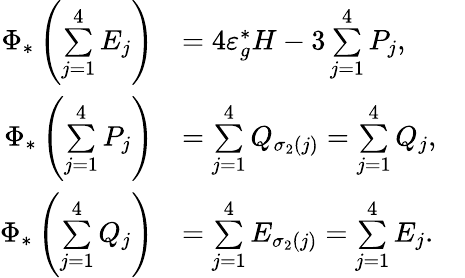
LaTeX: \begin{array}{rlr}{\Phi_{*}\left(\underset{j=1}{\overset{4}{\sum}}E_{j}\right)}&{=4\varepsilon_{g}^{*}H-3\underset{j=1}{\overset{4}{\sum}}P_{j},}&\\ {\Phi_{*}\left(\underset{j=1}{\overset{4}{\sum}}P_{j}\right)}&{=\underset{j=1}{\overset{4}{\sum}}Q_{\sigma_{2}(j)}=\underset{j=1}{\overset{4}{\sum}}Q_{j},}&\\ {\Phi_{*}\left(\underset{j=1}{\overset{4}{\sum}}Q_{j}\right)}&{=\underset{j=1}{\overset{4}{\sum}}E_{\sigma_{2}(j)}=\underset{j=1}{\overset{4}{\sum}}E_{j}.}\end{array}